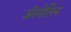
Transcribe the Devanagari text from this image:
ॲस्पेलिन